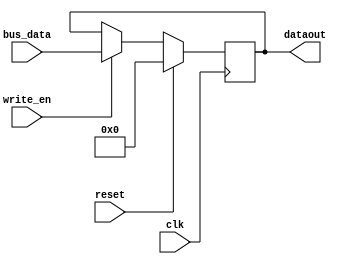

module IR
#(
    parameter IR_width = 12
)

(
    input wire write_en,
    input wire clk,reset,
    input wire [(IR_width-1):0] bus_data, 
    output reg [(IR_width-1):0] dataout // data out to CU,CU decides to take data in or not,
                                        //always on path
);

localparam trash= 12'bz;

always @(posedge clk ) begin

    if (reset)
        dataout = 12'b000000000000;  

    else if(write_en) // take data from bus
        dataout = bus_data;

    //else
        //dataout = trash;             
    
end


endmodule